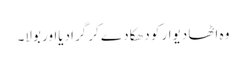
وہ اٹھا دیوار کو دھکا دے کر گرادیااور بولا۔